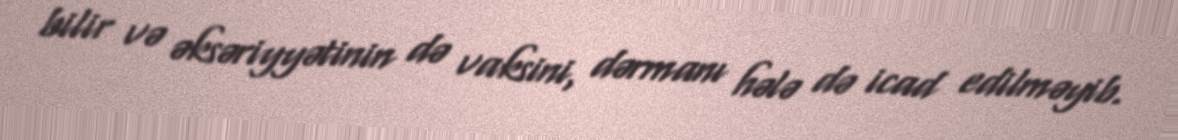
bilir və əksəriyyətinin də vaksini, dərmanı hələ də icad edilməyib.